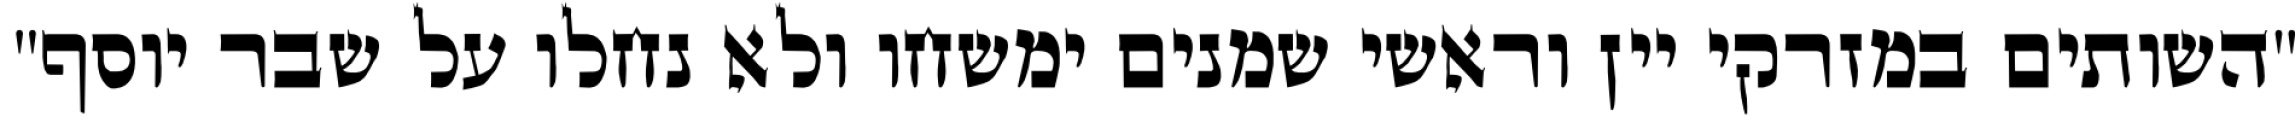
"השותים במזרקי יין וראשי‏ שמנים ימשחו ולא נחלו על שבר יוסף"